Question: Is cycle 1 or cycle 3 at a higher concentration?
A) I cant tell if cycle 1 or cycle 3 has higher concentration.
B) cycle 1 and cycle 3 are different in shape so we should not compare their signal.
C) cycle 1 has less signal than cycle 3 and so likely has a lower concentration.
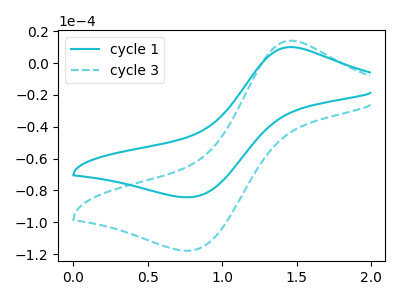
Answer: <think>The cyan curve "cycle 1" has an anodic peak at (1.45V, 10.10uA) and a cathodic peak at (0.80V, -84.25uA). The cyan dashed curve "cycle 3" has an anodic peak at (1.45V, 14.15uA) and a cathodic peak at (0.80V, -117.85uA).
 All the peaks in "cycle 1" have a peak in "cycle 3" at the same potential. Every peak in "cycle 1" is lower than every peak in "cycle 3".</think>
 <answer>C) "cycle 1" has less signal than "cycle 3" and so likely has a lower concentration.</answer>
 <eval>C</eval>